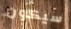
سيكون